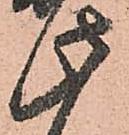
此